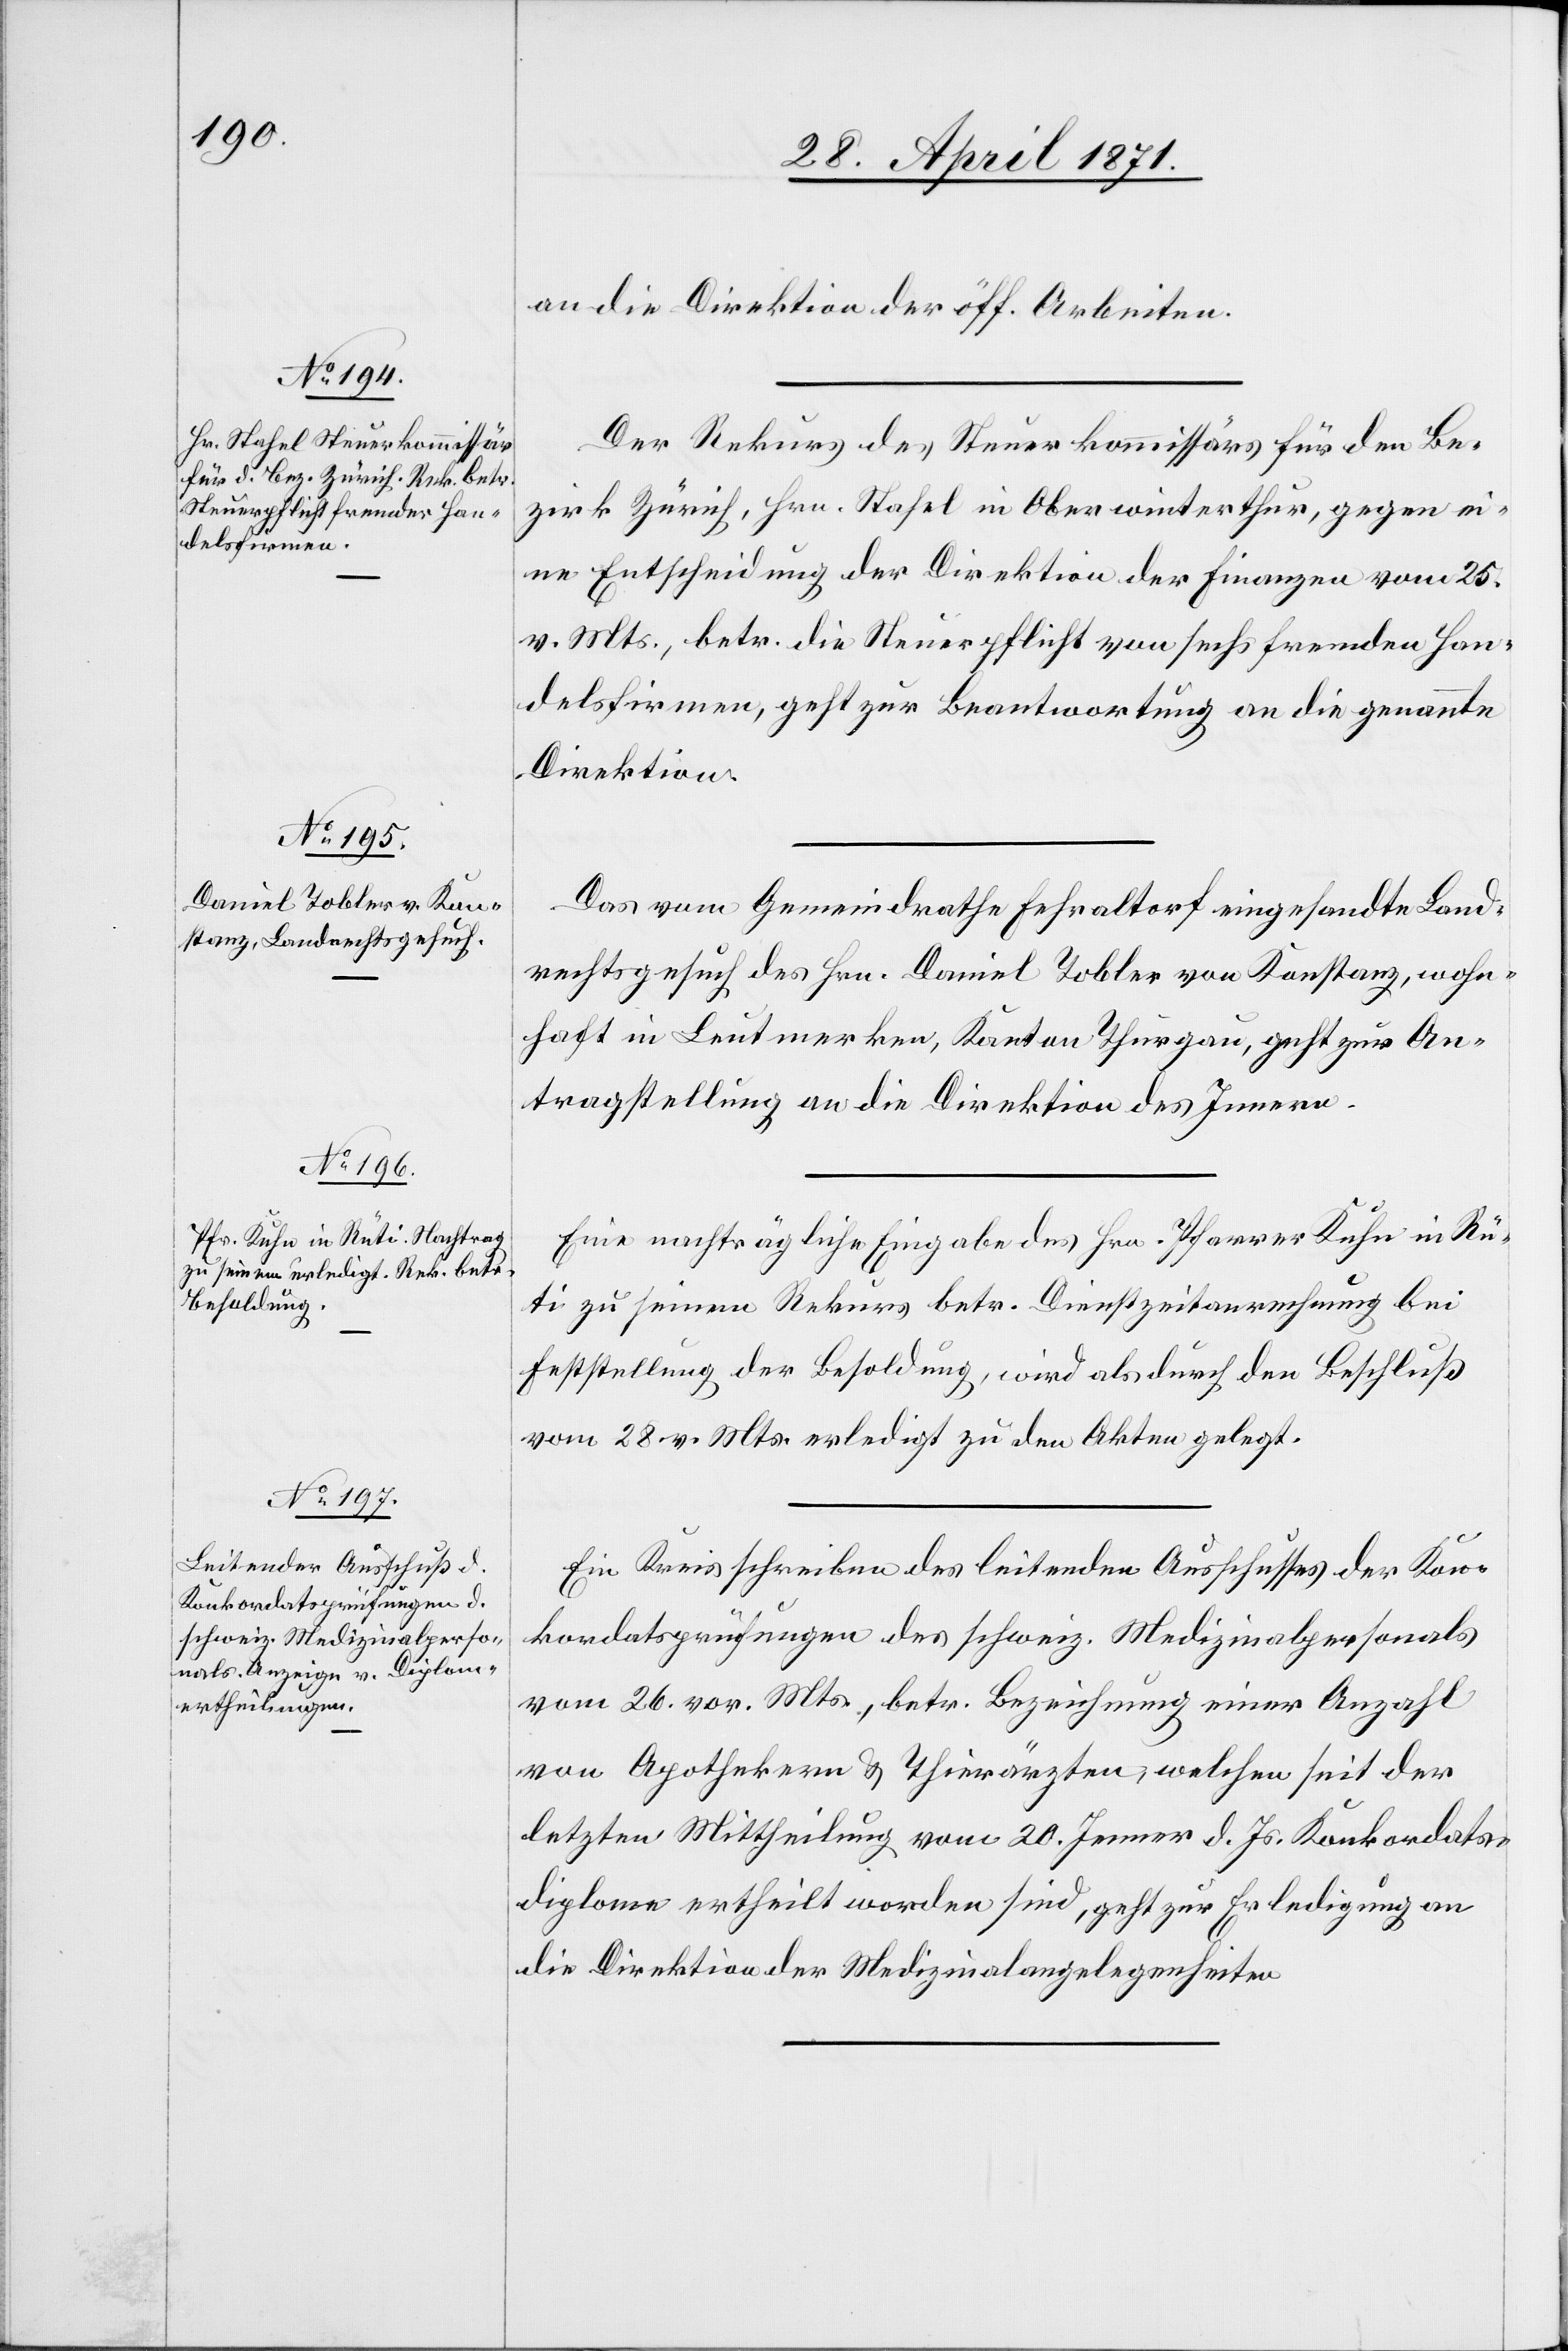
an die Direktion der öff. Arbeiten.
Der Rekurs des Steuerkommissärs für den Be¬
zirk Zürich, Hrn. Stahel in Oberwinterthur, gegen ei¬
ne Entscheidung der Direktion der Finanzen vom 25.
v. Mts., betr. die Steuerpflicht von sechs fremden Han¬
delsfirmen, geht zur Beantwortung an die genannte
Direktion.
Das vom Gemeindrathe Fehraltorf eingesandte Land¬
rechtsgesuch des Hrn. Daniel Tobler von Konstanz, wohn¬
haft in Leutmerken, Kanton Thurgau, geht zur An¬
tragstellung an die Direktion des Innern.
Eine nachträgliche Eingabe des Hrn. Pfarrer Kuhn in Rü¬
ti zu seinem Rekurs betr. Dienstzeitanrechnung bei
Feststellung der Besoldung, wird als durch den Beschluß
vom 28. v. Mts. erledigt zu den Akten gelegt.
Ein Kreisschreiben des leitenden Ausschusses der Kon¬
kordatsprüfungen des schweiz. Medizinalpersonals
vom 26. vor. Mts., betr. Bezeichnung einer Anzahl
von Apothekern u. Thierärzten, welchen seit der
letzten Mittheilung vom 20. Jenner d. Js. Konkordats¬
diplome ertheilt worden sind, geht zur Erledigung an
die Direktion der Medizinalangelegenheiten.